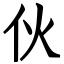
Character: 伙